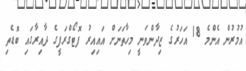
އުމުރުން އެންމެ 18 އަހަރުގެ ޒިދާންވަނީ މިހާތަނަށް އައިއިރު ފޮޓޯގްރަފީގެ ދާއިރާގައި ބޮޑެތި